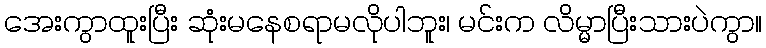
အေးကွာထူးပြီး ဆုံးမနေစရာမလိုပါဘူး၊ မင်းက လိမ္မာပြီးသားပဲကွာ။